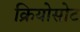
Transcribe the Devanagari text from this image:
क्रियोसोट